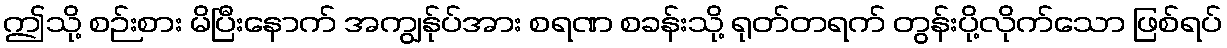
ဤသို့ စဉ်းစား မိပြီးနောက် အကျွန်ုပ်အား စရဏ စခန်းသို့ ရုတ်တရက် တွန်းပို့လိုက်သော ဖြစ်ရပ်